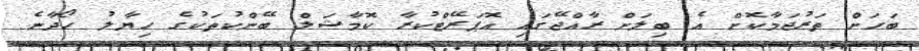
ބަހަށް ތަރުޖަމާކޮށް އެ ބިލަށް ރާއްޖޭގައި އޮޕަރޭޓްކުރާ ކޮމާޝަލް ބޭންކުތަކުގެ ހިޔާލު ހޯދާނެ